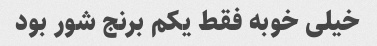
خیلی خوبه فقط یکم برنج شور بود